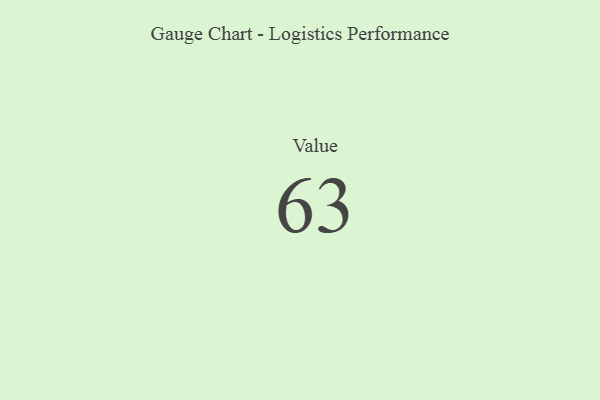
{"axis": {"x": "Metric", "y": "Value"}, "legend": [""], "data": [{"x": "Value", "y": 63, "type": ""}]}